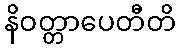
နိဝတ္တာပေတီတိ